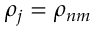
{ \rho } _ { j } = { \rho } _ { n m }